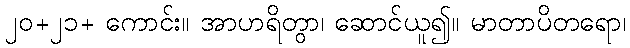
၂၀+၂၁+ ကောင်း။ အာဟရိတွာ၊ ဆောင်ယူ၍။ မာတာပိတရော၊